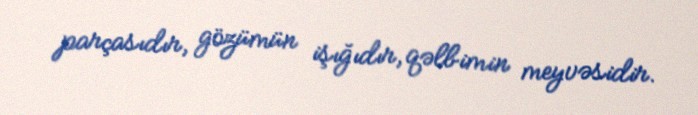
parçasıdır, gözümün işığıdır, qəlbimin meyvəsidir.